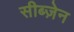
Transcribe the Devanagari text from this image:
सीब्ज़ेन